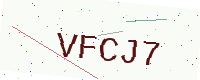
Text: VFCJ7